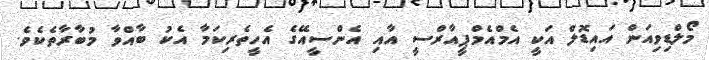
މޯލްޑިވިއަން އައިޑޮލް އަކީ އެމްއެމްޕީއާރްސީ އާއި އެންސީއޭގެ އެހީތެރިކަމާ އެކު ބާއްވާ މުބާރާތެކެވެ.